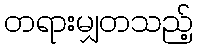
တရားမျှတသည့်